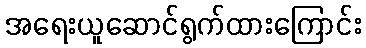
အရေးယူဆောင်ရွက်ထားကြောင်း